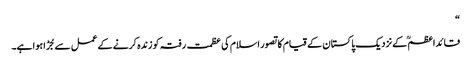
“
قائداعظمؒ کے نزدیک پاکستان کے قیام کا تصور اسلام کی عظمت رفتہ کو زندہ کرنے کے عمل سے جُڑا ہوا ہے۔